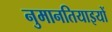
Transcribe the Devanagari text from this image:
नुमानतियाइयों